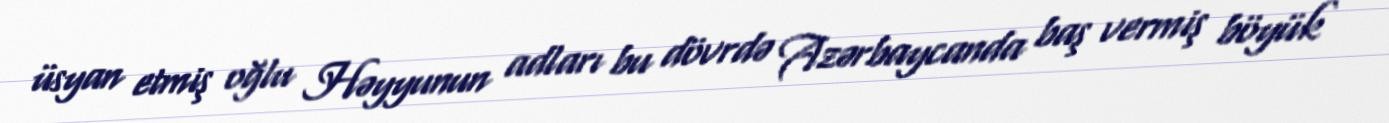
üsyan etmiş oğlu Həyyunun adları bu dövrdə Azərbaycanda baş vermiş böyük